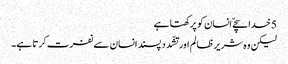
5 خدا سچےّ انسان کو پرکھتا ہے
لیکن وہ شریر ظا لم اور تشّدد پسند انسان سے نفرت کرتا ہے۔